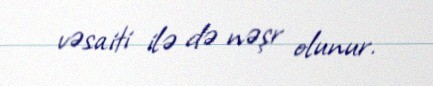
vəsaiti ilə də nəşr olunur.